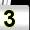
Digit: 3